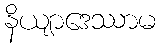
နိယျာဒေဿာမ